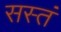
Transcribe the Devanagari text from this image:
सस्तं